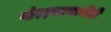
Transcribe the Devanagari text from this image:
गोरक्षनाथानीही